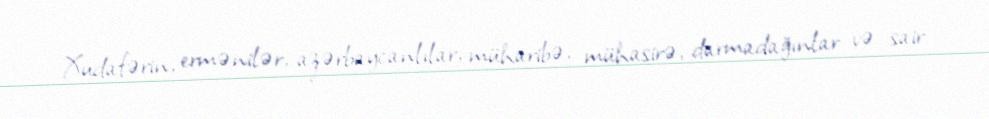
Xudafərin, ermənilər, azərbaycanlılar, müharibə, mühasirə, darmadağınlar və sair